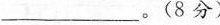
____。(8分)